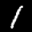
Label: 1